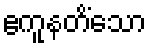
ဧကူနတိံသော